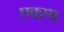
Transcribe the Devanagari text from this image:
एक्स्प